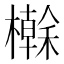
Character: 𭬕